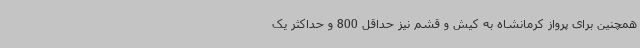
همچنین برای پرواز کرمانشاه به کیش و قشم نیز حداقل 800 و حداکثر یک